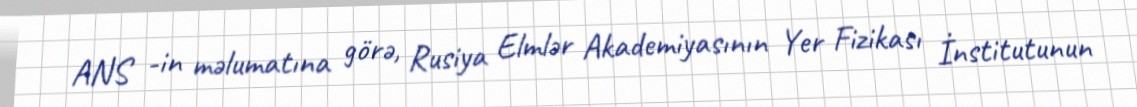
ANS -in məlumatına görə, Rusiya Elmlər Akademiyasının Yer Fizikası İnstitutunun